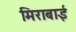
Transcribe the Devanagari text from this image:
मिराबाई